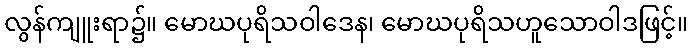
လွန်ကျူးရာ၌။ မောဃပုရိသဝါဒေန၊ မောဃပုရိသဟူသောဝါဒဖြင့်။